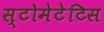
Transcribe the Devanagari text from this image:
स्टोमेटेटिस